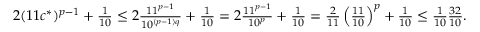
\begin{array} { r } { 2 ( 1 1 c ^ { * } ) ^ { p - 1 } + \frac { 1 } { 1 0 } \le 2 \frac { 1 1 ^ { p - 1 } } { 1 0 ^ { ( p - 1 ) q } } + \frac { 1 } { 1 0 } = 2 \frac { 1 1 ^ { p - 1 } } { 1 0 ^ { p } } + \frac { 1 } { 1 0 } = \frac { 2 } { 1 1 } \left( \frac { 1 1 } { 1 0 } \right) ^ { p } + \frac { 1 } { 1 0 } \le \frac { 1 } { 1 0 } \frac { 3 2 } { 1 0 } . } \end{array}